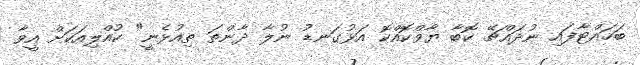
ބަހައްޓާފައި ނުދައްޗޭ ކޮބާ ޔާވްކޮއްކޮ އަޅުގަނޑު ނުލާ ދާންތަ ތިއުޅެނީ" ކުއްލިއަކަށް އީވާ